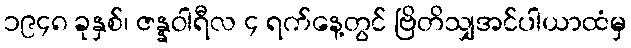
၁၉၄၈ ခုနှစ်၊ ဇန္နဝါရီလ ၄ ရက်နေ့တွင် ဗြိတိသျှအင်ပါယာထံမှ